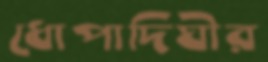
ধোপাদিঘীর